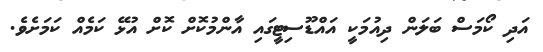
އަދި ކޯމަސް ބަލަން ދިއުމަކީ އައްޑޫސިޓީގައި އާންމުކޮށް ކޮށް އުޅޭ ކަމެއް ކަމަށެވެ.